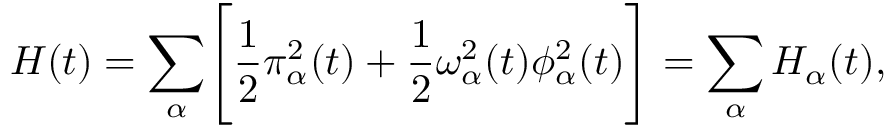
H ( t ) = \sum _ { \alpha } \Biggl [ \frac { 1 } { 2 } \pi _ { \alpha } ^ { 2 } ( t ) + \frac { 1 } { 2 } \omega _ { \alpha } ^ { 2 } ( t ) \phi _ { \alpha } ^ { 2 } ( t ) \Biggr ] = \sum _ { \alpha } H _ { \alpha } ( t ) ,